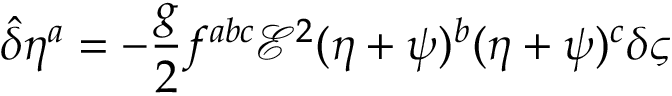
{ \hat { \delta } } \eta ^ { a } = - \frac { g } { 2 } f ^ { a b c } { \mathcal { E } } ^ { 2 } ( \eta + \psi ) ^ { b } ( \eta + \psi ) ^ { c } \delta \varsigma